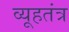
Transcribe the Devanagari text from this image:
व्यूहतंत्र